system: You are a helpful assistant.
user:
Analyze the provided spectrum to determine if it is a **S-type Star**.

- **Key Indicators for S-type Star:**

    - **(Overall Spectrum Shape):** The first and most obvious characteristic is the overall continuum (the "baseline" shape). It is **extremely "red-sloping,"** meaning the flux (light intensity) is very low on the left side (blue, ~4000-4500 Å) and rises steeply and continuously toward the right side (red, ~7000 Å+).

    - **(Primary):** The spectrum is defined by the presence of strong, broad molecular absorption "valleys" (bands) from **Zirconium Oxide (ZrO)**. The identification of these bands is the **primary requirement** for classifying a star as S-type.
        - **(Key Bandheads):** You must find distinct, deep "dips" where the light has been absorbed. The most critical band systems to locate are:
            - **~6474 Å** ($\gamma$-system): This is often the strongest and clearest ZrO feature, found in the red part of the spectrum.
            - **~5718 Å** & **~5551 Å** ($\beta$-system): A pair of prominent absorption features in the yellow-orange part of the spectrum.
            - **~4640 Å** ($\alpha$-system): A key absorption band system in the blue-green region of the spectrum.

    - **(Secondary Confirmation):** The classification is strengthened by finding additional absorption bands from other related heavy element oxides, which are expected to be present alongside ZrO.
        - **(Key Bandheads):**
            - **Yttrium Oxide (YO):** Look for absorption dips near **~4800 Å** and **~6100 Å**.
            - **Lanthanum Oxide (LaO):** Additional absorption features, particularly in the red-orange part of the spectrum, are also characteristic.

    - **(Line Profile):** The combination of the steep red continuum and these numerous, deep molecular bands (ZrO, YO, etc.) gives the entire spectrum a very **"chopped-up"** or **"bumpy"** appearance. Instead of a smooth curve, the spectrum looks as though large, wide chunks of light have been "carved out" of it at the specific wavelengths listed above.

Think first, call **spectral_visualization_tool** if needed to examine features in detail, then provide your final answer. Your response must adhere to the following strict rules:
1.  **Overall Structure:** Your response must follow the format `<think>...</think> <tool_call>...</tool_call> (if a tool is used) <answer>...</answer>`.
2.  **Tool Usage Constraint:** You may only make **one** tool call per turn.
3.  **Final Answer Format:** In the `<answer>` tag, your conclusion must be inside a `\boxed{}` command (e.g., `\boxed{YES}` or `\boxed{NO}`), followed by your justification.

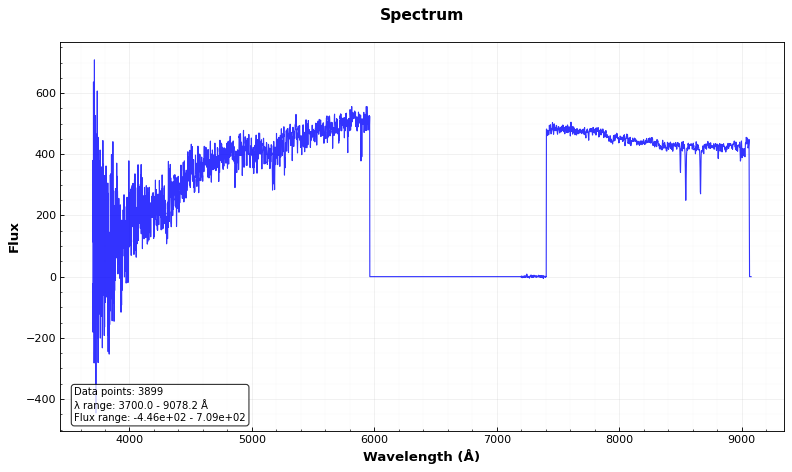
Answer: NO